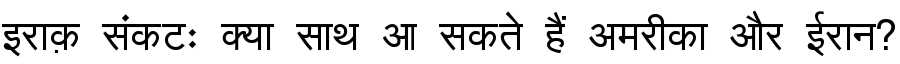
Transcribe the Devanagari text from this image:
इराक़ संकटः क्या साथ आ सकते हैं अमरीका और ईरान?